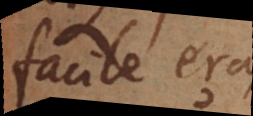
facile erat